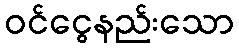
ဝင်ငွေနည်းသော